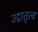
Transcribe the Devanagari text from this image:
उद्गातृत्व